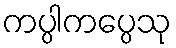
ကပ္ပါကပ္ပေသု